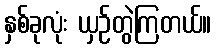
နှစ်ခုလုံး ယှဉ်တွဲကြတယ်။